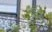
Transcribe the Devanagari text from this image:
बेकैमेल